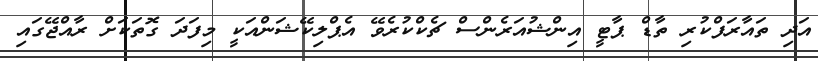
އަދި ތައާރަފްކުރި ތާޑް ޕާޓީ އިންޝުއަރެންސް ޗެކްކުރެވޭ އެޕްލިކޭޝަންއަކީ މިފަދަ ގޮތަކަށް ރާއްޖޭގައި